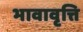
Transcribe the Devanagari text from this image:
भावावृत्ति